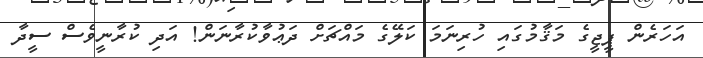
އަހަރެން ޕީޖީގެ މަޤާމުގައި ހުރިނަމަ ކަލޭގެ މައްޗަށް ދަޢުވާކުރާނަން! އަދި ކުރާނީވެސް ސީދާ